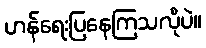
ဟန်ရေးပြနေကြသလိုပဲ။